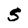
Character: S